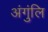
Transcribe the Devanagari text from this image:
अंगुंलि